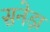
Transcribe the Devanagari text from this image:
सनेड़ा